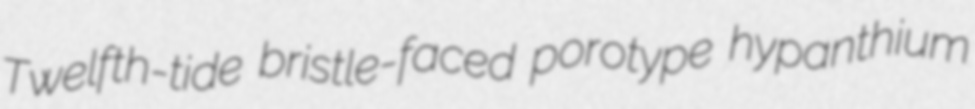
Twelfth-tide bristle-faced porotype hypanthium